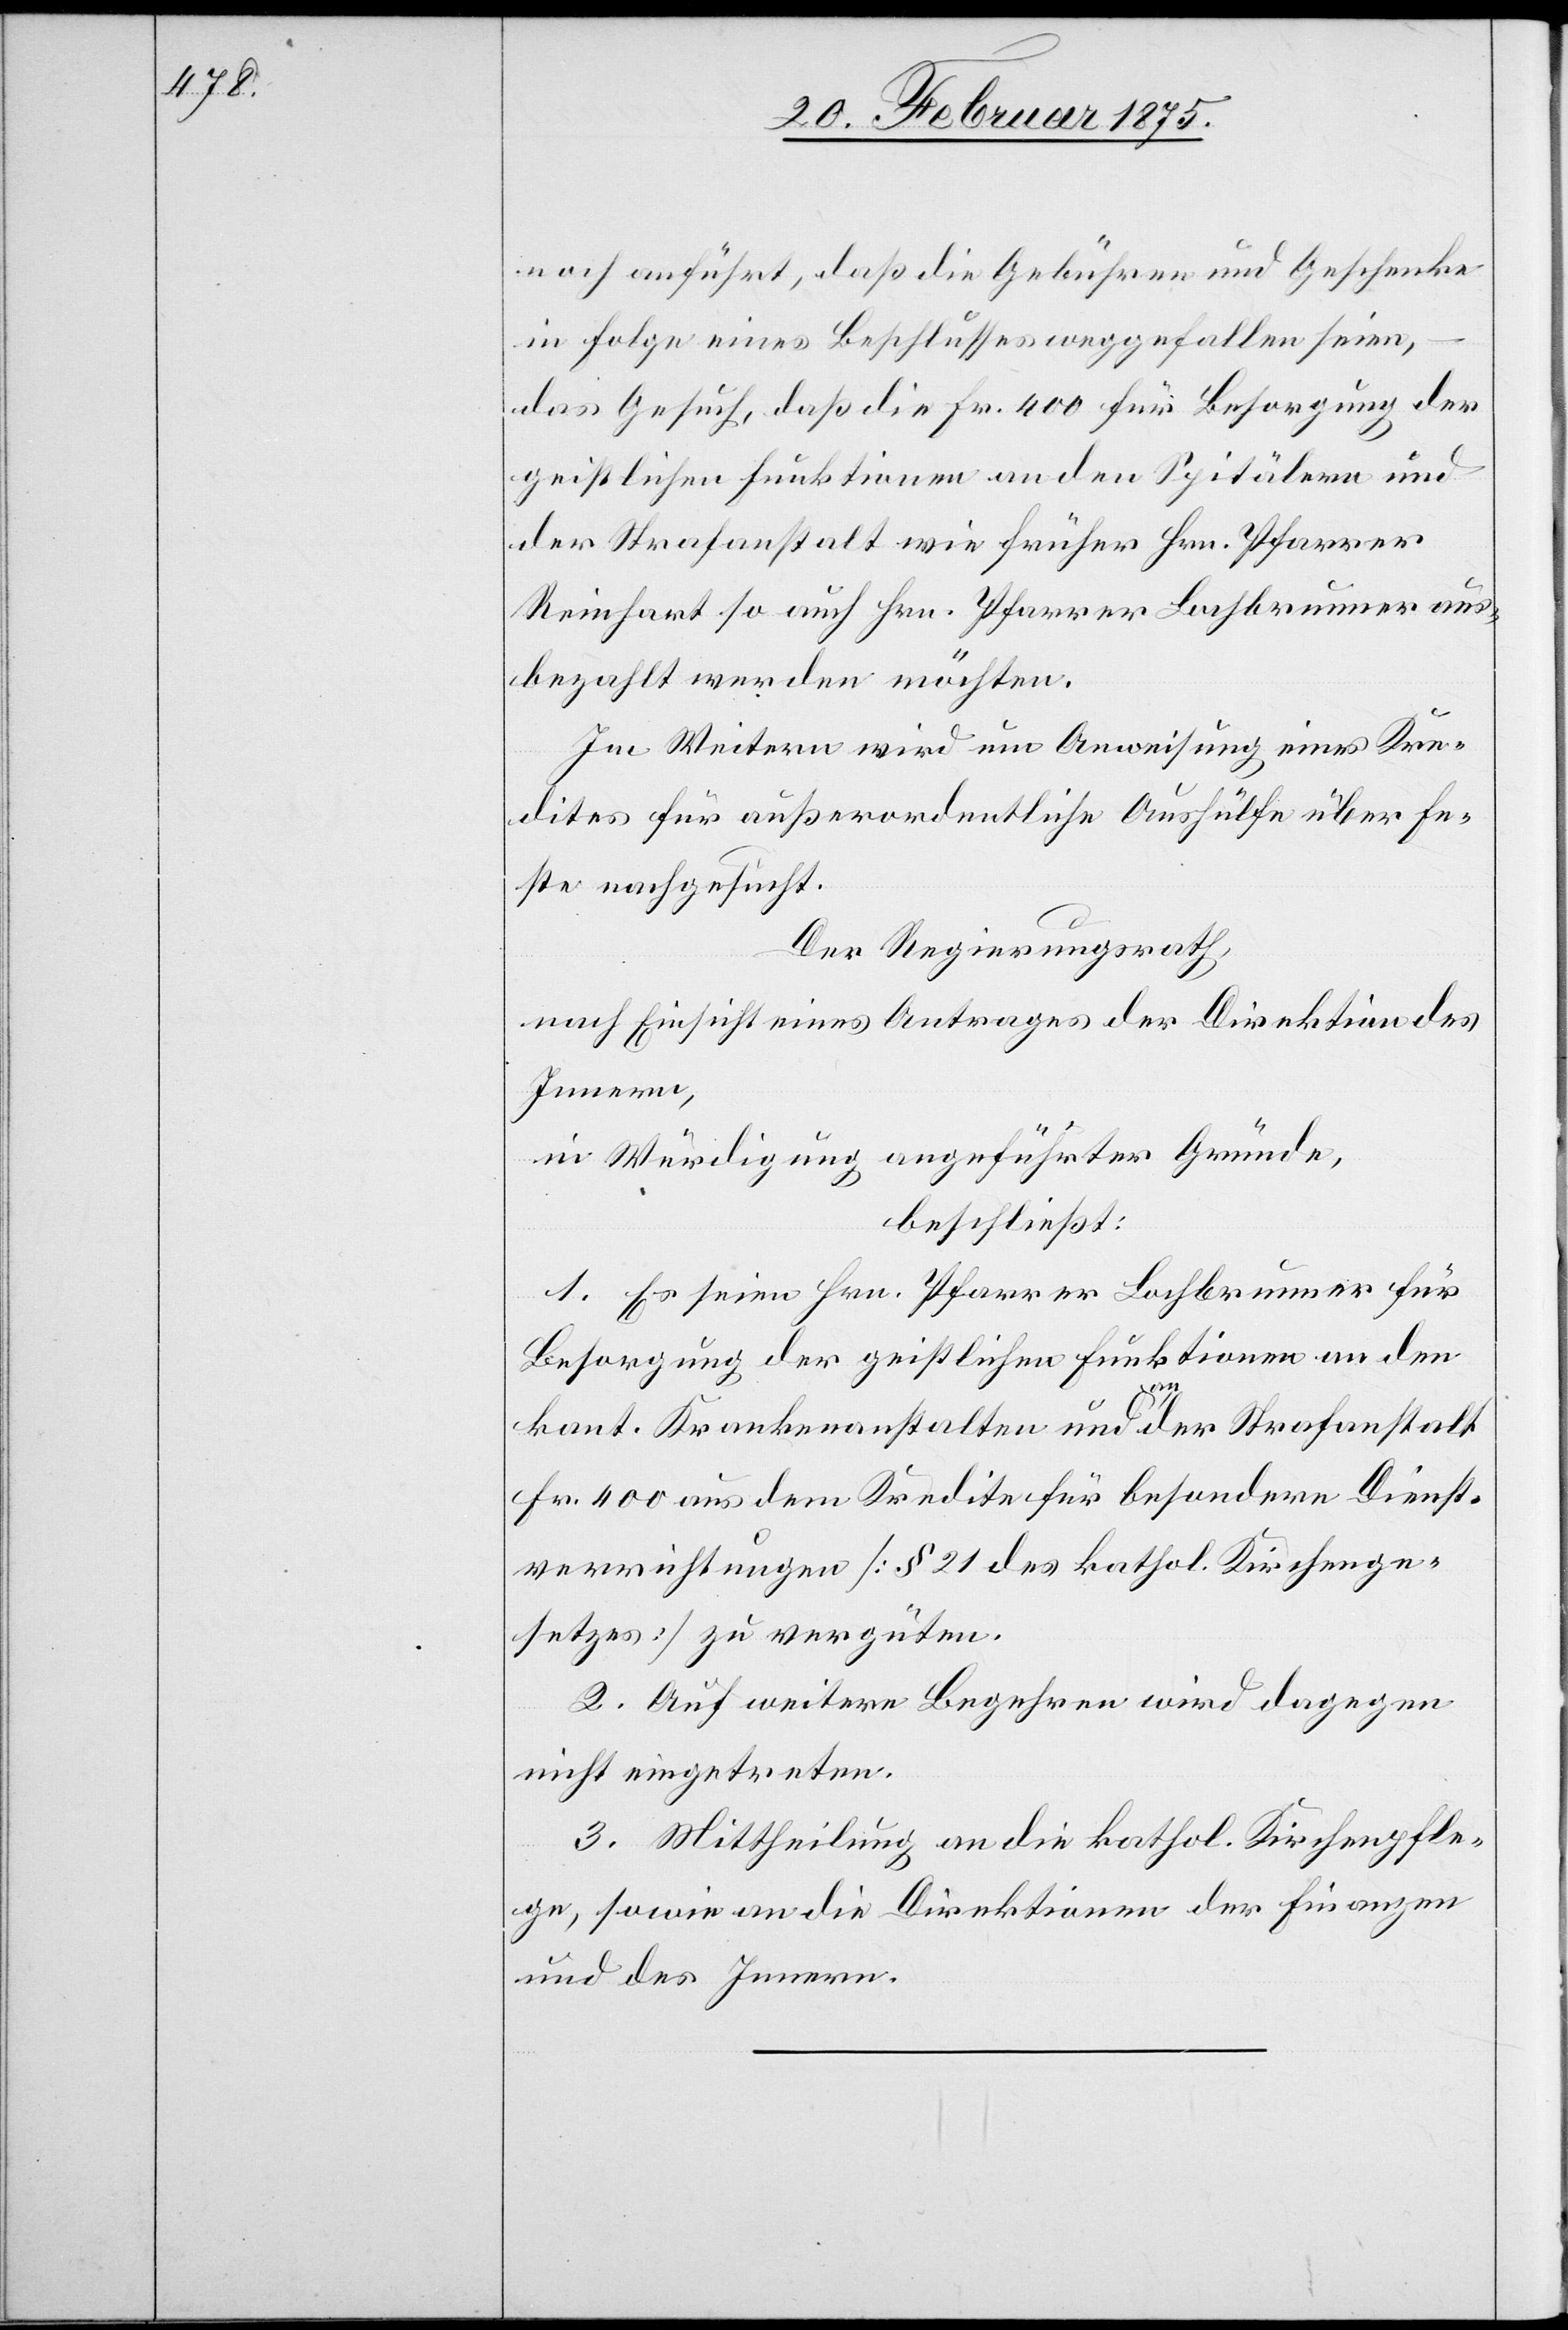
noch anführt, daß die Gebühren und Geschenke
in Folge eines Beschlusses weggefallen seien,
das Gesuch, daß die Fr. 400 für Besorgung der
geistlichen Funktionen an den Spitälern und
der Strafanstalt wie früher Hrn. Pfarrer
Reinhart so auch Hrn. Pfarrer Lochbrunner aus¬
bezahlt werden möchten.
Im Weitern wird um Anweisung eines Kre¬
dites für außerordentliche Aushülfe über Fe¬
ste nachgesucht.
Der Regierungsrath,
nach Einsicht eines Antrages der Direktion des
Innern,
in Würdigung angeführter Gründe,
beschließt:
1. Es seien Hrn. Pfarrer Lochbrunner für
Besorgung der geistlichen Funktionen an den
kant. Krankenanstalten und an der Strafanstalt
Fr. 400 aus dem Kredite für besondere Dienst¬
verrichten (§ 21 des kathol. Kirchenge¬
setzes) zu vergüten.
2. Auf weitere Begehren wird dagegen
nicht eingetreten.
3. Mittheilung an die kathol. Kirchenpfle¬
ge, sowie an die Direktionen der Finanzen
und des Innern.